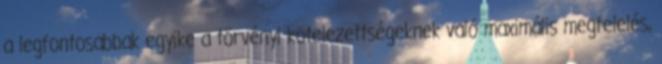
a legfontosabbak egyike a törvényi kötelezettségeknek való maximális megfelelés,